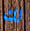
لك